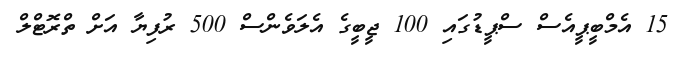
15 އެމްބީޕީއެސް ސްޕީޑުގައި 100 ޖީބީގެ އެލަވެންސް 500 ރުފިޔާ އަށް ތްރޮޓްލް